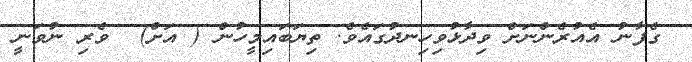
ގެފާނު އެއުރެންނަށް ވިދާޅުވިހިނދުގައެވެ. ތިޔަބައިމީހުން ( އަށް)  ވެރި ނުވަނީ